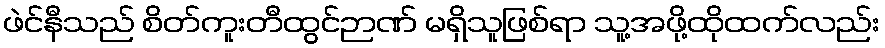
ဖဲင်နီသည် စိတ်ကူးတီထွင်ဉာဏ် မရှိသူဖြစ်ရာ သူ့အဖို့ထိုထက်လည်း